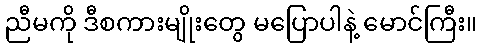
ညီမကို ဒီစကားမျိုးတွေ မပြောပါနဲ့ မောင်ကြီး။